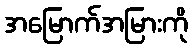
အမြောက်အမြားကို